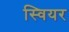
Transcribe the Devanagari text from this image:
स्वियर